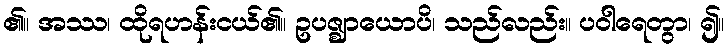
၏။ အဿ၊ ထိုရဟန်းငယ်၏။ ဥပဇ္ဈာယောပိ၊ သည်လည်း။ ပဝါရေတွာ၊ ၍။